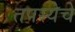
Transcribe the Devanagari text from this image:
तपस्येचे